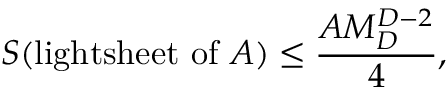
S ( \mathrm { l i g h t s h e e t ~ o f ~ } A ) \leq \frac { A M _ { D } ^ { D - 2 } } { 4 } ,